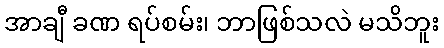
အာချီ ခဏ ရပ်စမ်း၊ ဘာဖြစ်သလဲ မသိဘူး